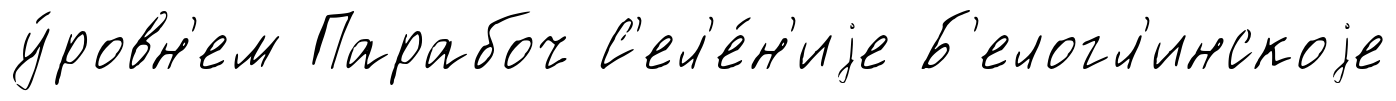
у́ровн'ем Парабоч С'ел'е́н'иjе Б'елогл'инскоjе